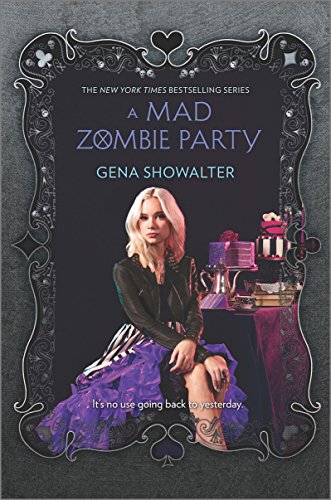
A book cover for A Mad Zombie Party (The White Rabbit Chronicles); Gena Showalter; Teen & Young Adult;